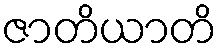
ဇာတိယာတိ